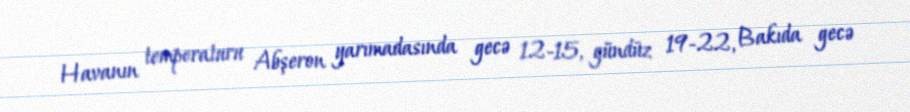
Havanın temperaturu Abşeron yarımadasında gecə 12-15, gündüz 19-22, Bakıda gecə